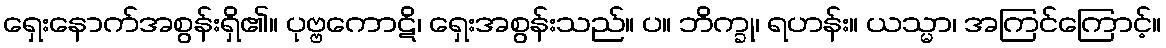
ရှေးနောက်အစွန်းရှိ၏။ ပုဗ္ဗကောဋိ၊ ရှေးအစွန်းသည်။ ပ။ ဘိက္ခု၊ ရဟန်း။ ယသ္မာ၊ အကြင်ကြောင့်။